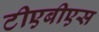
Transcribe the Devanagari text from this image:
टीएबीएस